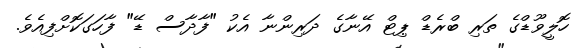
ހޮލީވޫޑްގެ ތަރި ބްރެޑް ޕިޓް އޭނާގެ ދަރިންނާ އެކު "ފާދާސް ޑޭ" ފާހަގަކޮށްފިއެވެ.